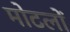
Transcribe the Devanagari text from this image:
मोटलों